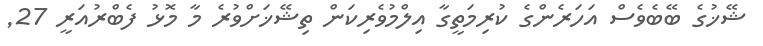
ޝޭޚުގެ ބޭބެވެސް އަހަރެންގެ ކުރިމަތީގާ އިލްމުވެރިކަން ތިޝޭޚަށްވުރެ މާ މޮޅު ފެބްރުއަރީ 27